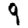
Digit: 9